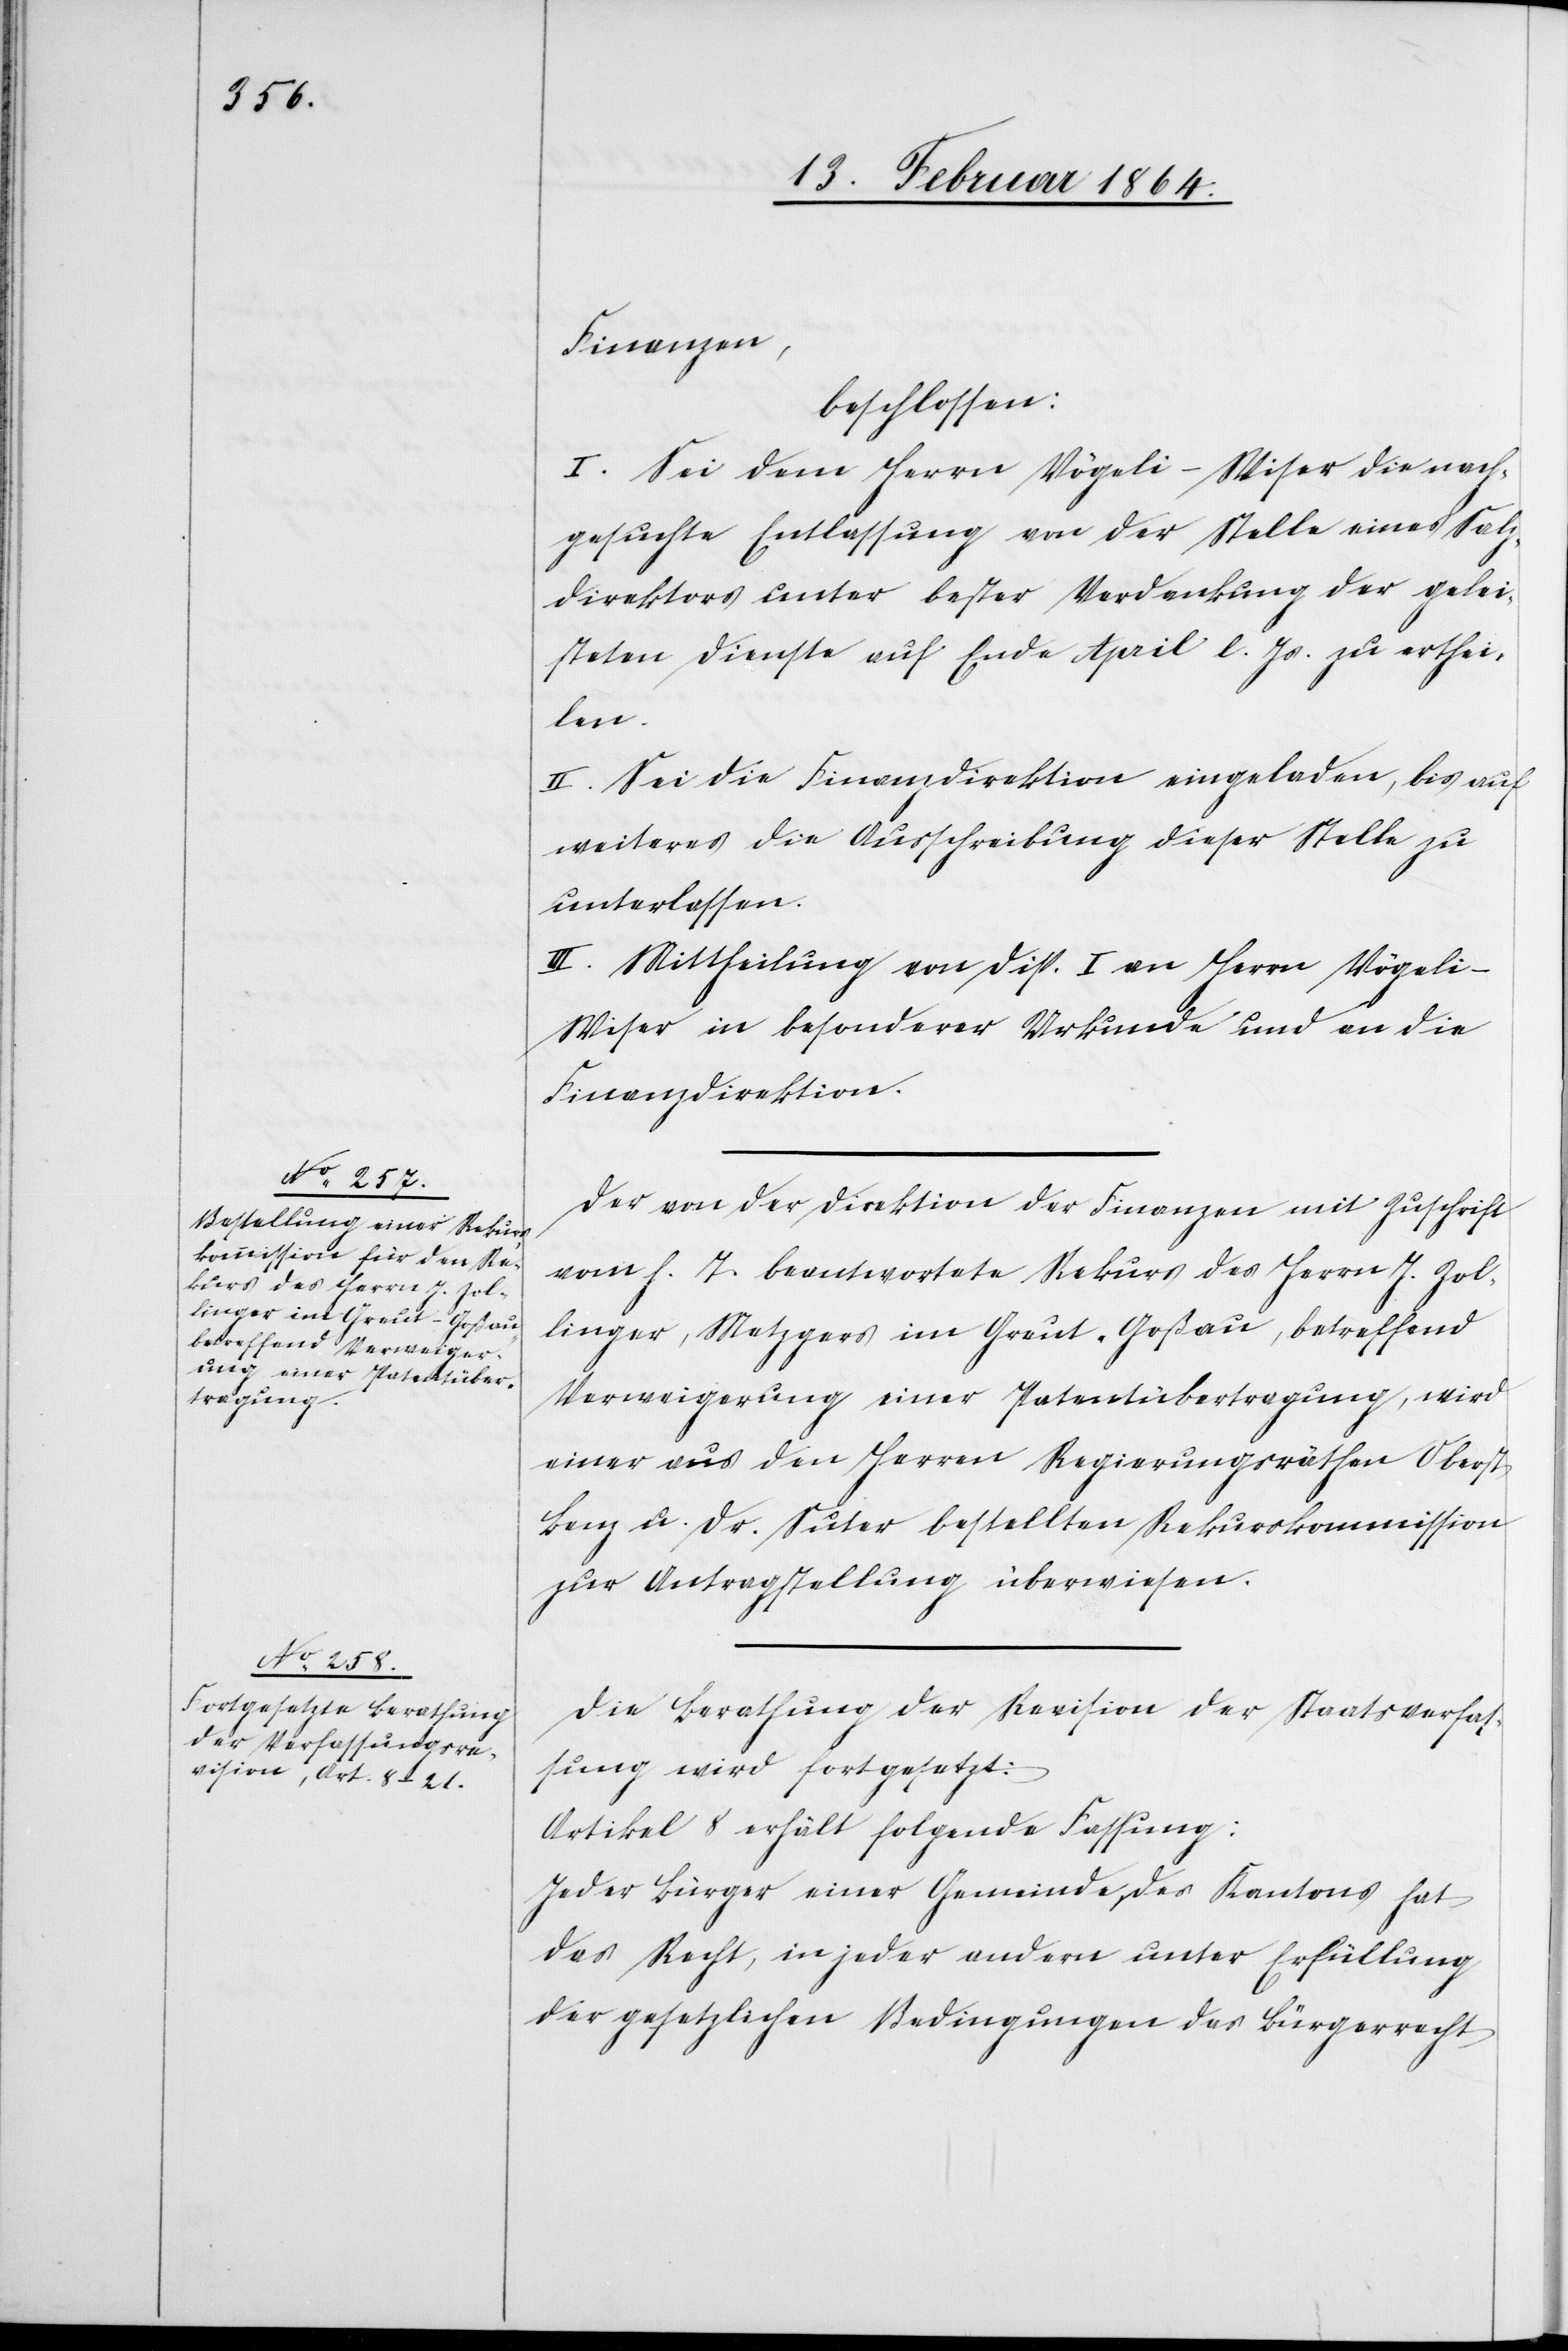
Finanzen
beschlossen:
I. Sei dem Herrn Vögeli-Wiser die nach¬
gesuchte Entlassung von der Stelle eines Salz¬
direktors unter bester Verdankung der gelei¬
steten Dienste auf Ende April l. Js. zu erthei¬
len.
II. Sei die Finanzdirektion eingeladen, bis auf
weiteres die Ausschreibung dieser Stelle zu
unterlassen.
III. Mittheilung von Disp. I. an Herrn Vögeli-W¬
ieser in besonderer Urkunde und an die
Finanzdirektion.
Der von der Direktion der Finanzen mit Zuschrift
vom h. T. beantwortete Rekurs des Herrn J. Zol¬
linger, Metzgers im Greut-Goßau, betreffend
Verweigerung einer Patentübertragung, wird
einer aus den Herren Regierungsräthen Oberst
Benz u. Dr. Suter bestellten Rekurskommission
zur Antragstellung überwiesen.
Die Berathung der Revision der Staatsverfas¬
sung wird fortgesetzt:
Artikel 8 erhält folgende Fassung:
Jeder Bürger einer Gemeinde des Kantons hat
das Recht, in jeder andern unter Erfüllung
der gesetzlichen Bedingungen das Bürgerrecht